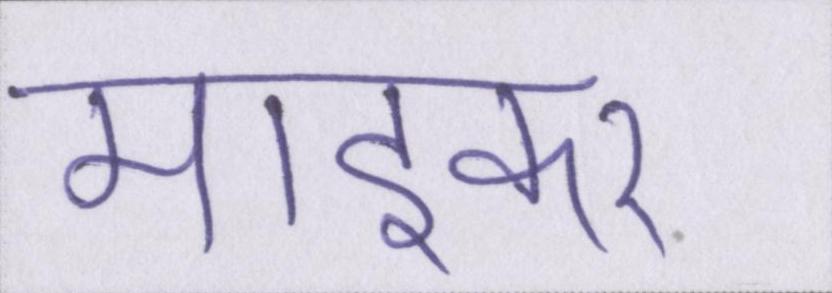
माइकर